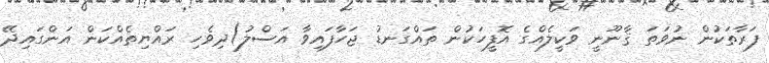
ފަރާތަކުން ނުވަތަ ޤާނޫނީ ވަކީލެއްގެ އޮފީހަކުން ތައްގަނޑު ޖަހާފައިވާ އަސްލު)ދިވެހި ރައްޔިތެއްކަން އަންގައިދޭ